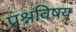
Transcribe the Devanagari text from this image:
प्रश्नविषय